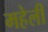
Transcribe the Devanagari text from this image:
महेली